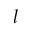
l